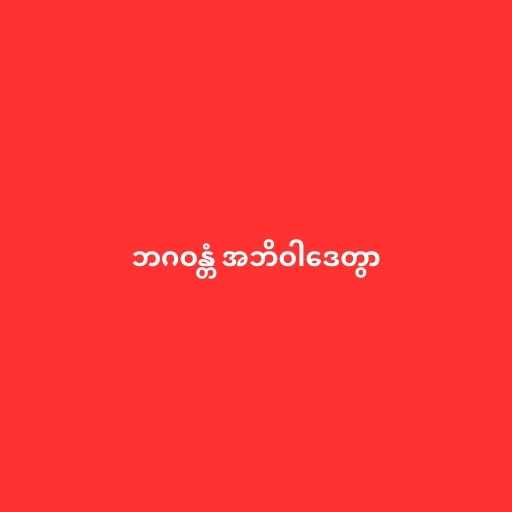
ဘဂဝန္တံ အဘိဝါဒေတွာ